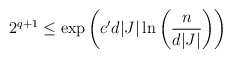
\begin{align*}2^{q+1} \leq \exp\left( c' d\vert J\vert\ln\left(\frac{n}{d\vert J\vert}\right)\right)\end{align*}